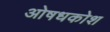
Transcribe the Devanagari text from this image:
ओषधकोश